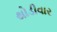
થોડીવાર